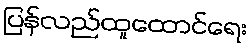
ပြန်လည်ထူထောင်ရေး